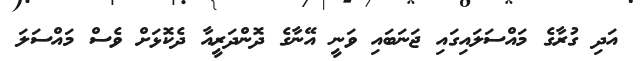
އަދި ގުރާގެ މައްސަލައިގައި ޖަނަބައި ވަނީ އޭނާގެ ދޮންދަރީއާ ދެކޮޅަށް ވެސް މައްސަލަ